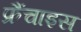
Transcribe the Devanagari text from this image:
फ्रैंचाइस